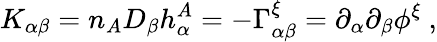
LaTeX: K_{\alpha\beta}=n_{A}D_{\beta}h_{\alpha}^{A}=-\Gamma_{\alpha\beta}^{\xi}=\partial_{\alpha}\partial_{\beta}\phi^{\xi}~,